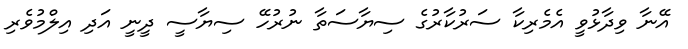
އޭނާ ވިދާޅުވީ އެމެރިކާ ސަރުކާރުގެ ސިޔާސަތާ ނުރުހޭ ސިޔާސީ ދީނީ އަދި އިލްމުވެރި